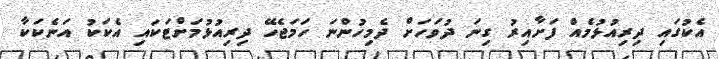
އެކުގައި ދިރިއުޅުމެއް ފަށާއިރު ގިނަ ދުވަހަށް ދެމިހުންނަ ހަމަޖެހޭ ދިރިއުޅުމަށްޓަކައި އެކަކު އަނެކަކާ